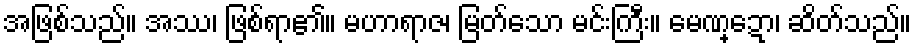
အဖြစ်သည်။ အဿ၊ ဖြစ်ရာ၏။ မဟာရာဇ၊ မြတ်သော မင်းကြီး။ မေဏ္ဍော၊ ဆိတ်သည်။